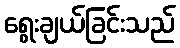
ရွေးချယ်ခြင်းသည်